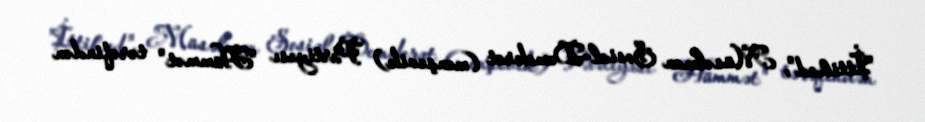
"İttihad", Müsəlman Sosial-Demokrat (menşevik) Partiyası "Hümmət" tərəfindən